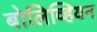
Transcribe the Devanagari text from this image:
बोलिव्हियन